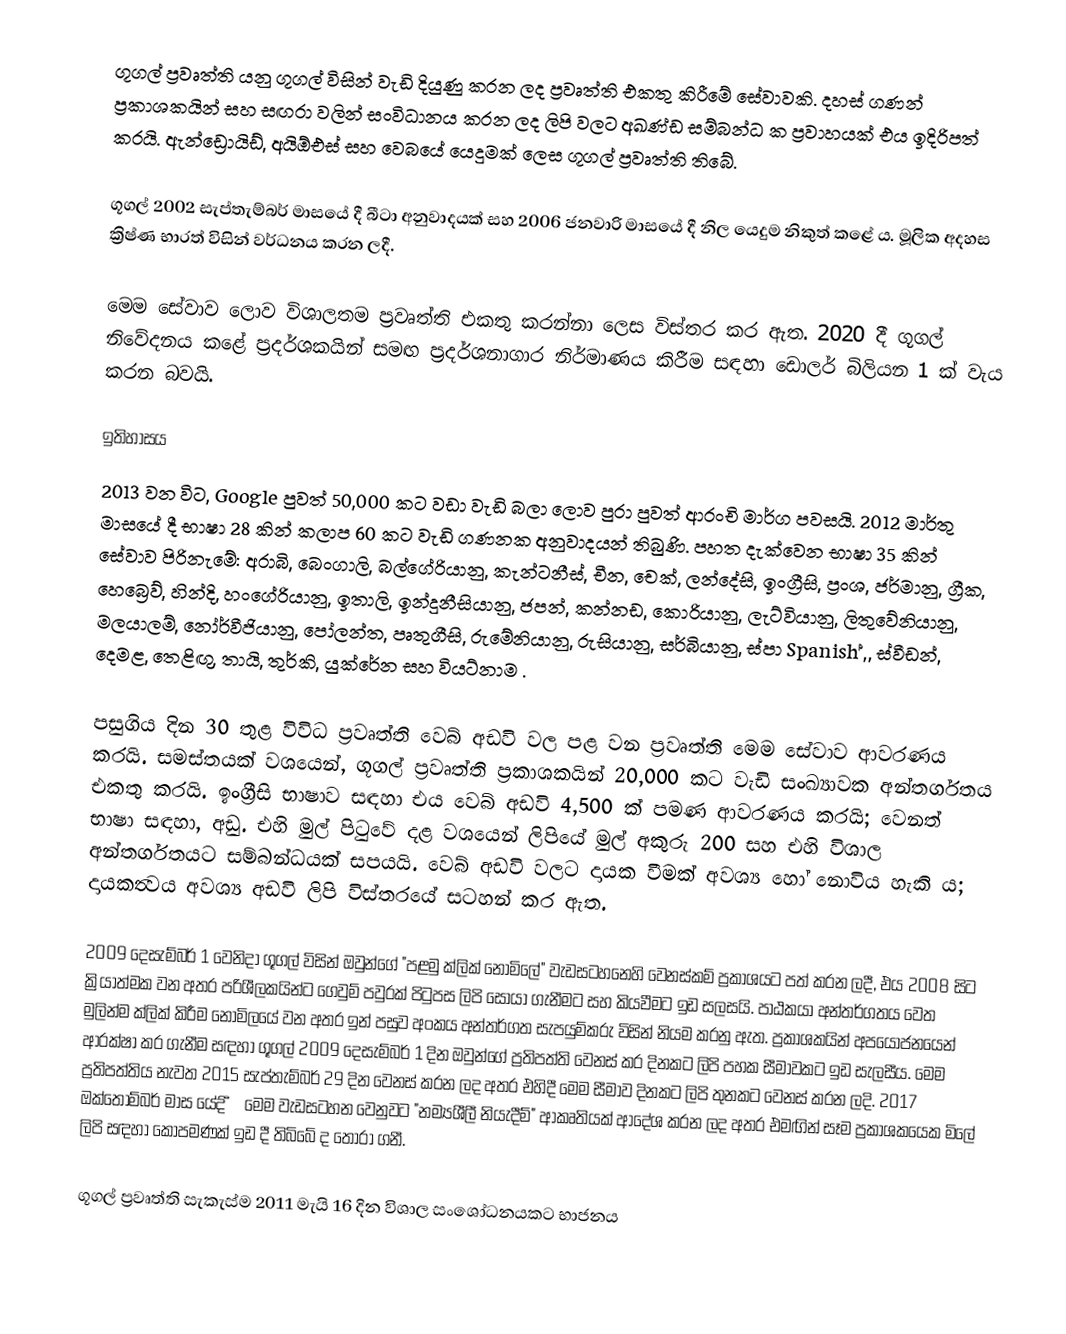
ගූගල් ප්‍රවෘත්ති යනු ගූගල් විසින් වැඩි දියුණු කරන ලද ප්‍රවෘත්ති එකතු කිරීමේ සේවාවකි. දහස් ගණන් ප්‍රකාශකයින් සහ සඟරා වලින් සංවිධානය කරන ලද ලිපි වලට අඛණ්ඩ සම්බන්ධ ක ප්‍රවාහයක් එය ඉදිරිපත් කරයි. ඇන්ඩ්‍රොයිඩ්, අයිඕඑස් සහ වෙබයේ යෙදුමක් ලෙස ගූගල් ප්‍රවෘත්ති තිබේ.

ගූගල් 2002 සැප්තැම්බර් මාසයේ දී බීටා අනුවාදයක් සහ 2006 ජනවාරි මාසයේ දී නිල යෙදුම නිකුත් කළේ ය.  මූලික අදහස ක්‍රිෂ්ණ භාරත් විසින් වර්ධනය කරන ලදී.

මෙම සේවාව ලොව විශාලතම ප්‍රවෘත්ති එකතු කරන්නා ලෙස විස්තර කර ඇත.  2020 දී ගූගල් නිවේදනය කළේ ප්‍රදර්ශකයින් සමඟ ප්‍රදර්ශනාගාර නිර්මාණය කිරීම සඳහා ඩොලර් බිලියන 1 ක් වැය කරන බවයි.

ඉතිහාසය
2013 වන විට, Google පුවත් 50,000 කට වඩා වැඩි බලා  ලොව පුරා පුවත් ආරංචි මාර්ග පවසයි. 2012 මාර්තු මාසයේ දී භාෂා 28 කින් කලාප 60 කට වැඩි ගණනක අනුවාදයන් තිබුණි.   පහත දැක්වෙන භාෂා 35 කින් සේවාව පිරිනැමේ: අරාබි, බෙංගාලි, බල්ගේරියානු, කැන්ටනීස්, චීන, චෙක්, ලන්දේසි, ඉංග්‍රීසි, ප්‍රංශ, ජර්මානු, ග්‍රීක, හෙබ්‍රෙව්, හින්දි, හංගේරියානු, ඉතාලි, ඉන්දුනීසියානු, ජපන්, කන්නඩ, කොරියානු, ලැට්වියානු, ලිතුවේනියානු, මලයාලම්, නෝර්වීජියානු, පෝලන්ත, පෘතුගීසි, රුමේනියානු, රුසියානු, සර්බියානු, ස්පා Spanish් ,, ස්වීඩන්, දෙමළ, තෙළිඟු, තායි, තුර්කි, යුක්රේන සහ වියට්නාම .

පසුගිය දින 30 තුළ විවිධ ප්‍රවෘත්ති වෙබ් අඩවි වල පළ වන ප්‍රවෘත්ති මෙම සේවාව ආවරණය කරයි. සමස්තයක් වශයෙන්, ගූගල් ප්‍රවෘත්ති ප්‍රකාශකයින් 20,000 කට වැඩි සංඛ්‍යාවක අන්තර්ගතය එකතු කරයි.  ඉංග්‍රීසි භාෂාව සඳහා එය වෙබ් අඩවි 4,500 ක් පමණ ආවරණය කරයි;  වෙනත් භාෂා සඳහා, අඩු. එහි මුල් පිටුවේ දළ වශයෙන් ලිපියේ මුල් අකුරු 200 සහ එහි විශාල අන්තර්ගතයට සම්බන්ධයක් සපයයි. වෙබ් අඩවි වලට දායක වීමක් අවශ්‍ය හෝ නොවිය හැකි ය; දායකත්‍වය අවශ්‍ය අඩවි ලිපි විස්තරයේ සටහන් කර ඇත.

2009 දෙසැම්බර් 1 වෙනිදා ගූගල් විසින් ඔවුන්ගේ "පළමු ක්ලික් නොමිලේ" වැඩසටහනෙහි වෙනස්කම් ප්‍රකාශයට පත් කරන ලදී,  එය 2008 සිට ක්‍රියාත්මක වන අතර පරිශීලකයින්ට ගෙවුම් පවුරක් පිටුපස ලිපි සොයා ගැනීමට සහ කියවීමට ඉඩ සලසයි. පාඨකයා අන්තර්ගතය වෙත මුලින්ම ක්ලික් කිරීම නොමිලයේ වන අතර ඉන් පසුව අංකය අන්තර්ගත සැපයුම්කරු විසින් නියම කරනු ඇත.  ප්‍රකාශකයින් අපයෝජනයෙන් ආරක්ෂා කර ගැනීම සඳහා ගූගල් 2009 දෙසැම්බර් 1 දින ඔවුන්ගේ ප්‍රතිපත්ති වෙනස් කර දිනකට ලිපි පහක සීමාවකට ඉඩ සැලසීය.  මෙම ප්‍රතිපත්තිය නැවත 2015 සැප්තැම්බර් 29 දින වෙනස් කරන ලද අතර එහිදී මෙම සීමාව දිනකට ලිපි තුනකට වෙනස් කරන ලදි.  2017 ඔක්තෝම්බර් මාස යේද ී  මෙම වැඩසටහන වෙනුවට "නම්‍යශීලී නියැදීම්" ආකෘතියක් ආදේශ කරන ලද අතර එමඟින් සෑම ප්‍රකාශකයෙක  මිලේ ලිපි සඳහා කොපමණක් ඉඩ දී තිබිබේ ද  තෝරා ගනී.

ගූගල් ප්‍රවෘත්ති සැකැස්ම 2011 මැයි 16 දින විශාල සංශෝධනයකට භාජනය